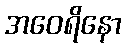
အဝေရိနော